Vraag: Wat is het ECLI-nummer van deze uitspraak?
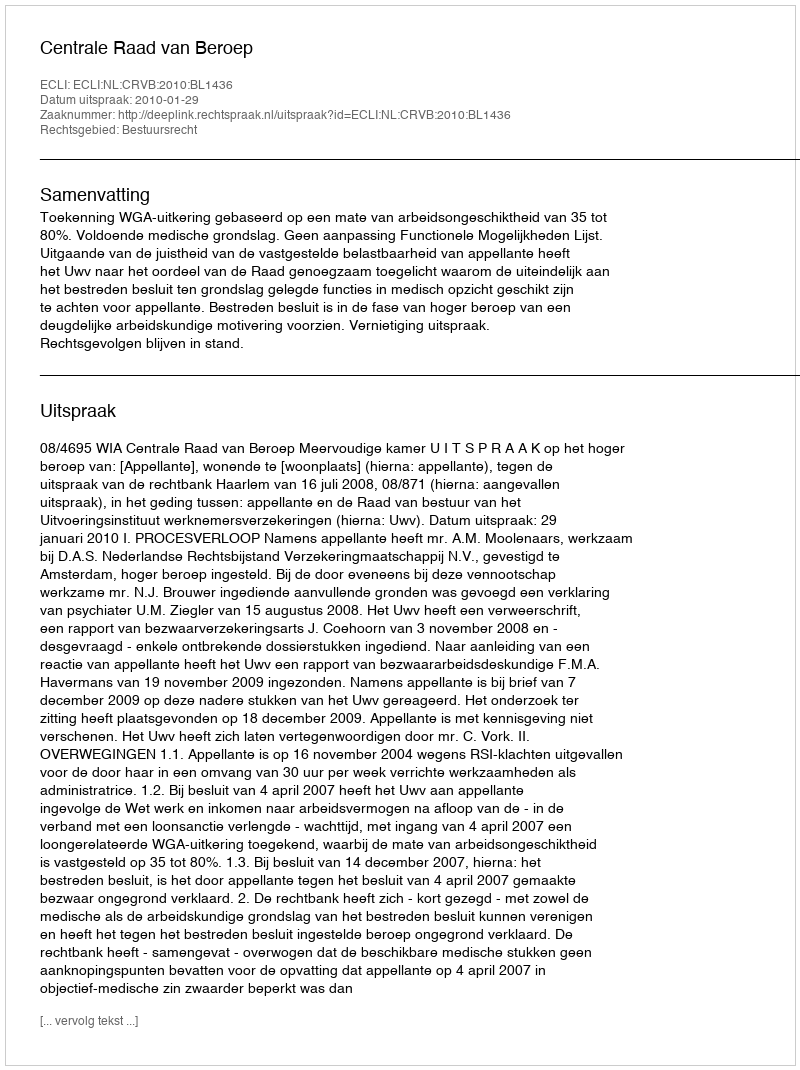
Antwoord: ECLI:NL:CRVB:2010:BL1436